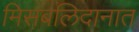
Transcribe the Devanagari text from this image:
मिसबलिदानात